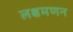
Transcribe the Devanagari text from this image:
लक्षमणन